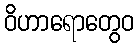
ဝိဟာရောတွေဝ